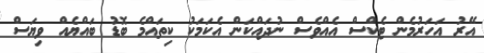
އޭރު އަހަރުމެން ޓެކްސް އެއްވެސް ނުދައްކަން އެކަމަކު ކިތައްމެ ބޮޑު ބައްޔެއް ވިޔަސް